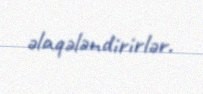
əlaqələndirirlər.